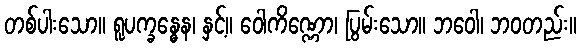
တစ်ပါးသော။ ရူပက္ခန္ဓေန၊ နှင့်။ ဝေါကိဏ္ဏော၊ ပြွမ်းသော။ ဘဝေါ၊ ဘဝတည်း။